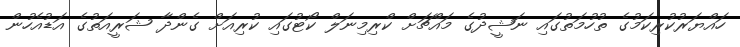
ހައްޔަރުކުރިކަމުގެ ތުހުމަތުގައި ނަޝީދުގެ މައްޗަށް ކްރިމިނަލް ކޯޓުގައި ކުރިއަށް ގެންދާ ޝަރީއަތުގެ އަޑުއެހުން